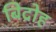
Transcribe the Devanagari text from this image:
बिद्रोह